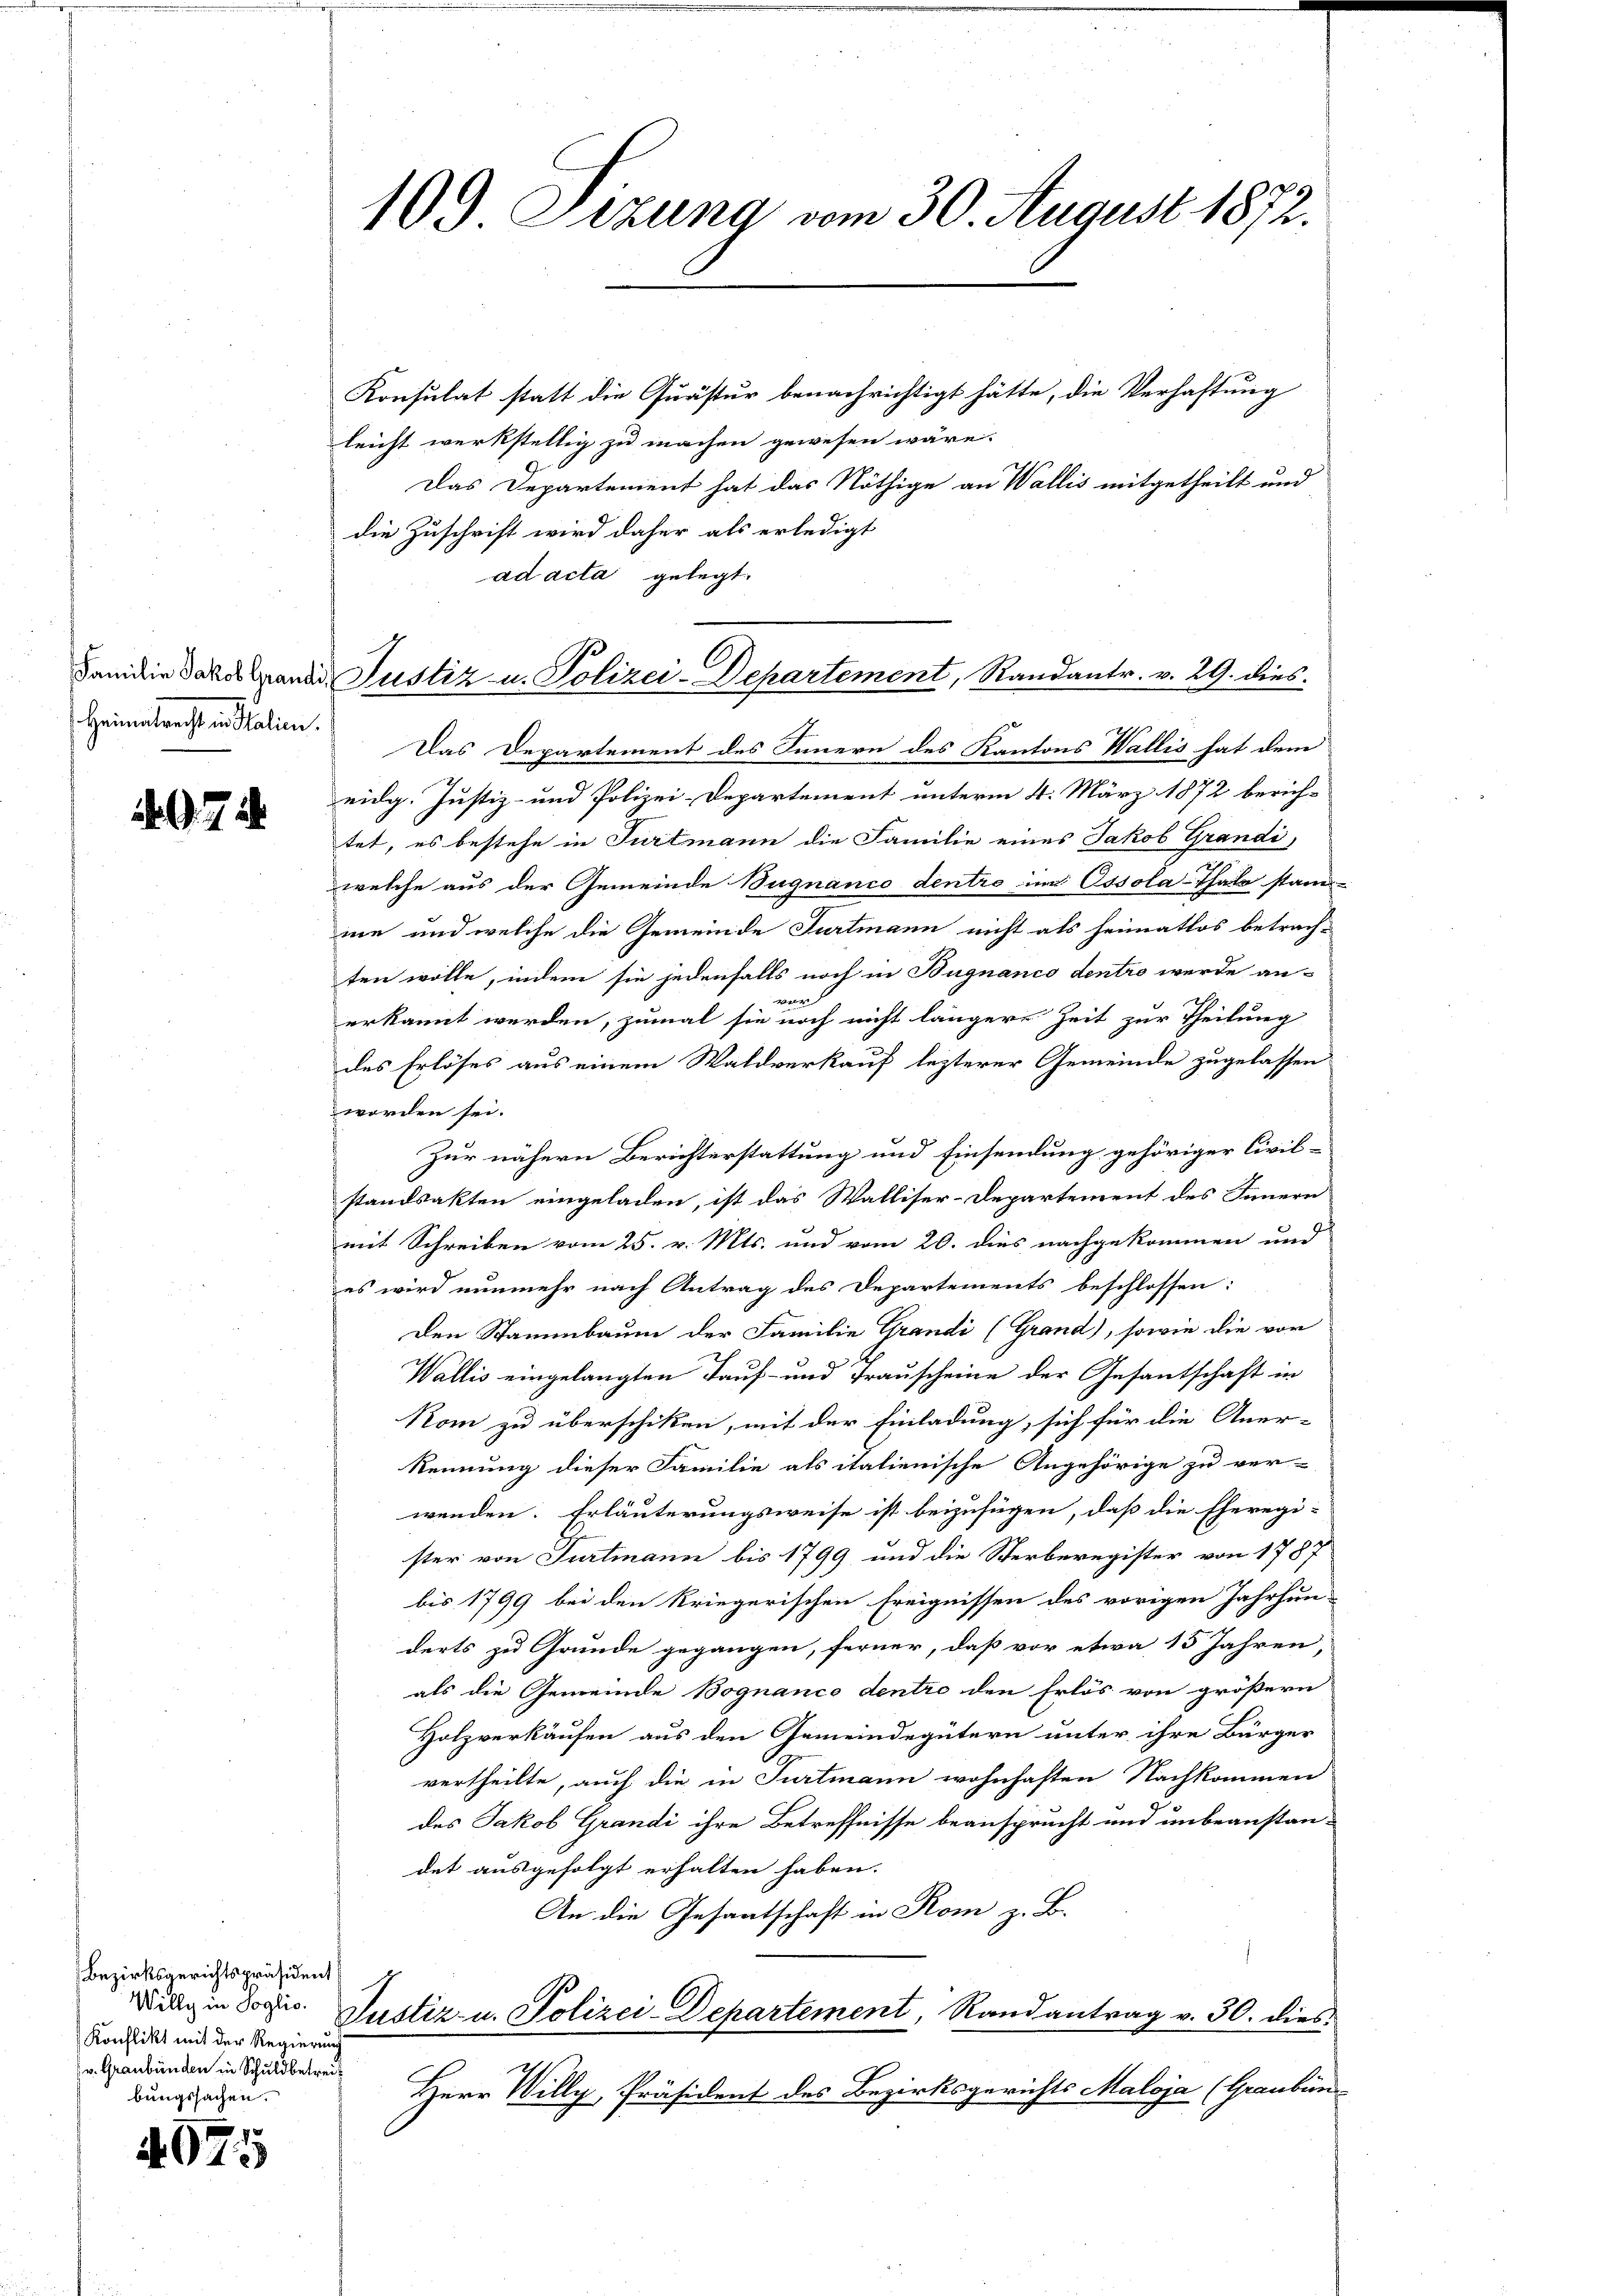
Heimatrecht in Italien.

. . 72

Bezirksgerichtspräsident
Willy in Soglio.
Konflikt mit der Regierung
v. Graubünden in Schuldbetreibungssachen.

4075

Konsulat statt die Quästur benachrichtigt hätte, die Verhaftung
leicht werkstellig zu machen gewesen wäre.
Das Departement hat das Nöthige an Wallis mitgetheilt und
die Zuschrift wird daher als erledigt
ad acta gelegt.
Das Departement des Innern des Kantons Wallis hat dem
eidg. Justiz- und Polizei-Departement unterm 4. März 1872 berich-
tet, es bestehe in Furtmann die Familie eines Jakob Grandi,
welche aus der Gemeinde Bugnanco dentro im Ossola-Thale stand-
me, und welche die Gemeinde Turtmann nicht als heimatlos betrach-
ten wolle, indem sie jedenfalls noch in Bugnanco dentro werde an-
wer
erkannt werden, zumal sie noch nicht längere Zeit zur Theilung
des Erlöses aus einem Waldverkauf lezterer Gemeinde zugelassen
worden sei.
Zur nähern Berichterstattung und Einsendung gehöriger Civil-
standsakten eingeladen, ist das Walliser-Departement des Innern
mit Schreiben vom 25. v. Mts. und vom 20. dies nachgekommen und
es wird nunmehr nach Antrag des Departements beschlossen:
Den Stammbaum der Familie Grandi (Grand), sowie die vor
Wallis eingelangten Kauf- und Trauscheine der Gesantschaft in
Rom zu überschiken, mit der Einladung, sich für die Aner-
kennung dieser Familie als italienische Angehörige zu ver-
wenden. Erläuterungsweise ist beizufügen, daß die Eheregi-
ster von Furtmann bis 1799 und die Sterberegister von 1787
bis 1799 bei den Kriegerischen Ereignissen des vorigen Jahrhun-
derts zu Gründe gegangen, ferner, daß vor etwa 15 Jahren,
als die Gemeinde Bognance dentro den Erlös von größern
Holzverkäufen aus den Gemeindegütern unter ihre Bürger
vertheilte, auch die in Furtmann wohnhaften Nachkommen
des Jakob Grandi ihre Betreffnisse beansprucht und unbeanstan-
det ausgefolgt erhalten haben.
An die Gesantschaft in Rom z. B.
Justiz- u. Polizei-Departement, Randantrag v. 30. dies
Herr Willy, Präsident des Bezirksgerichts Maloja (Graubünd

109 Sizung vom 30. August 1872.

dandie daher Grand Justiz u. Polizei-Departement, Randantr. v. 29. dies